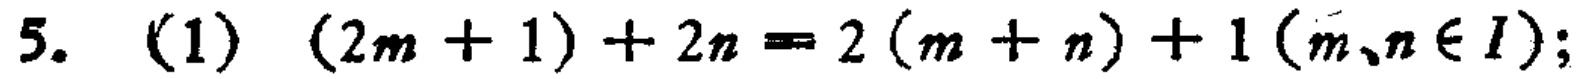
5. (1) \((2m + 1)+2n = 2(m + n)+1\) (\(m,n\in I\));